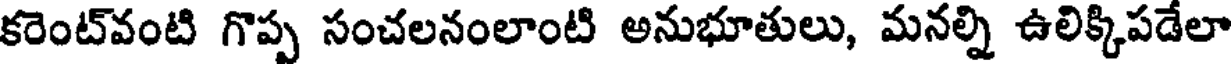
కరెంట్వంటి గొప్ప సంచలనంలాంటి అనుభూతులు, మనల్ని ఉలిక్కిపడేలా